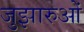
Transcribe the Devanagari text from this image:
जुझारुओं